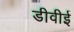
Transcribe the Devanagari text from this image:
डीवीई